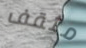
مثقف